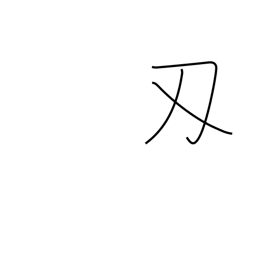
Meaning: sword